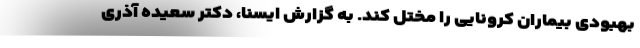
بهبودی بیماران کرونایی را مختل کند. به گزارش ایسنا، دکتر سعیده آذری